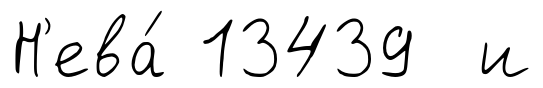
Н'ева́ 13439 и